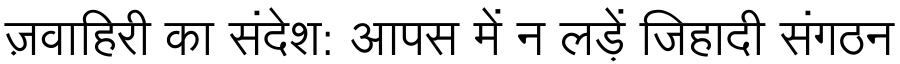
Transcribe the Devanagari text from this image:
ज़वाहिरी का संदेश: आपस में न लड़ें जिहादी संगठन